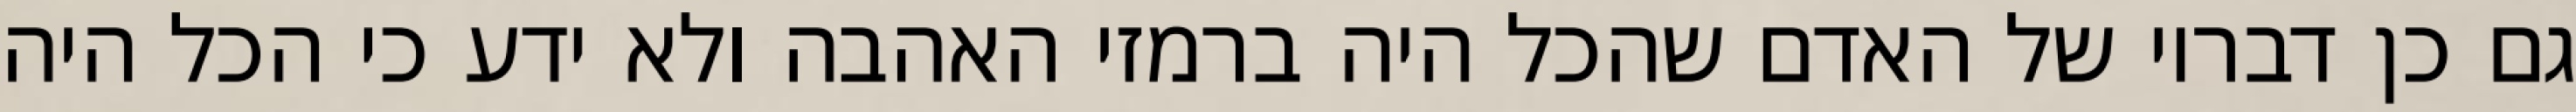
גם כן דבריו של האדם שהכל היה ברמזי האהבה ולא ידע כי הכל היה